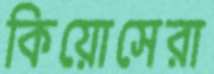
কিয়োসেরা